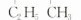
C_{2}H_{5} CH_{3}